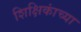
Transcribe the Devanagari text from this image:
शिक्षिकांच्या